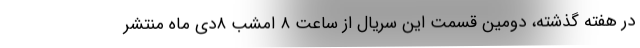
در هفته گذشته، دومین قسمت این سریال از ساعت ۸ امشب ۸دی ماه منتشر